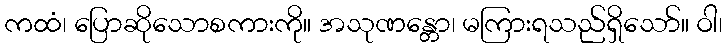
ကထံ၊ ပြောဆိုသောစကားကို။ အသုဏန္တော၊ မကြားရသည်ရှိသော်။ ဝါ၊